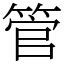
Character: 管